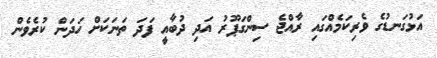
އަޅުގަނޑުގެ ވެރިކަމެއްގައި ރާއްޖެ ސިންގަޕޫރު އަދި ދުބާއީ ފަދަ ތަނަކަށް ހަދަން ކުރެވެން